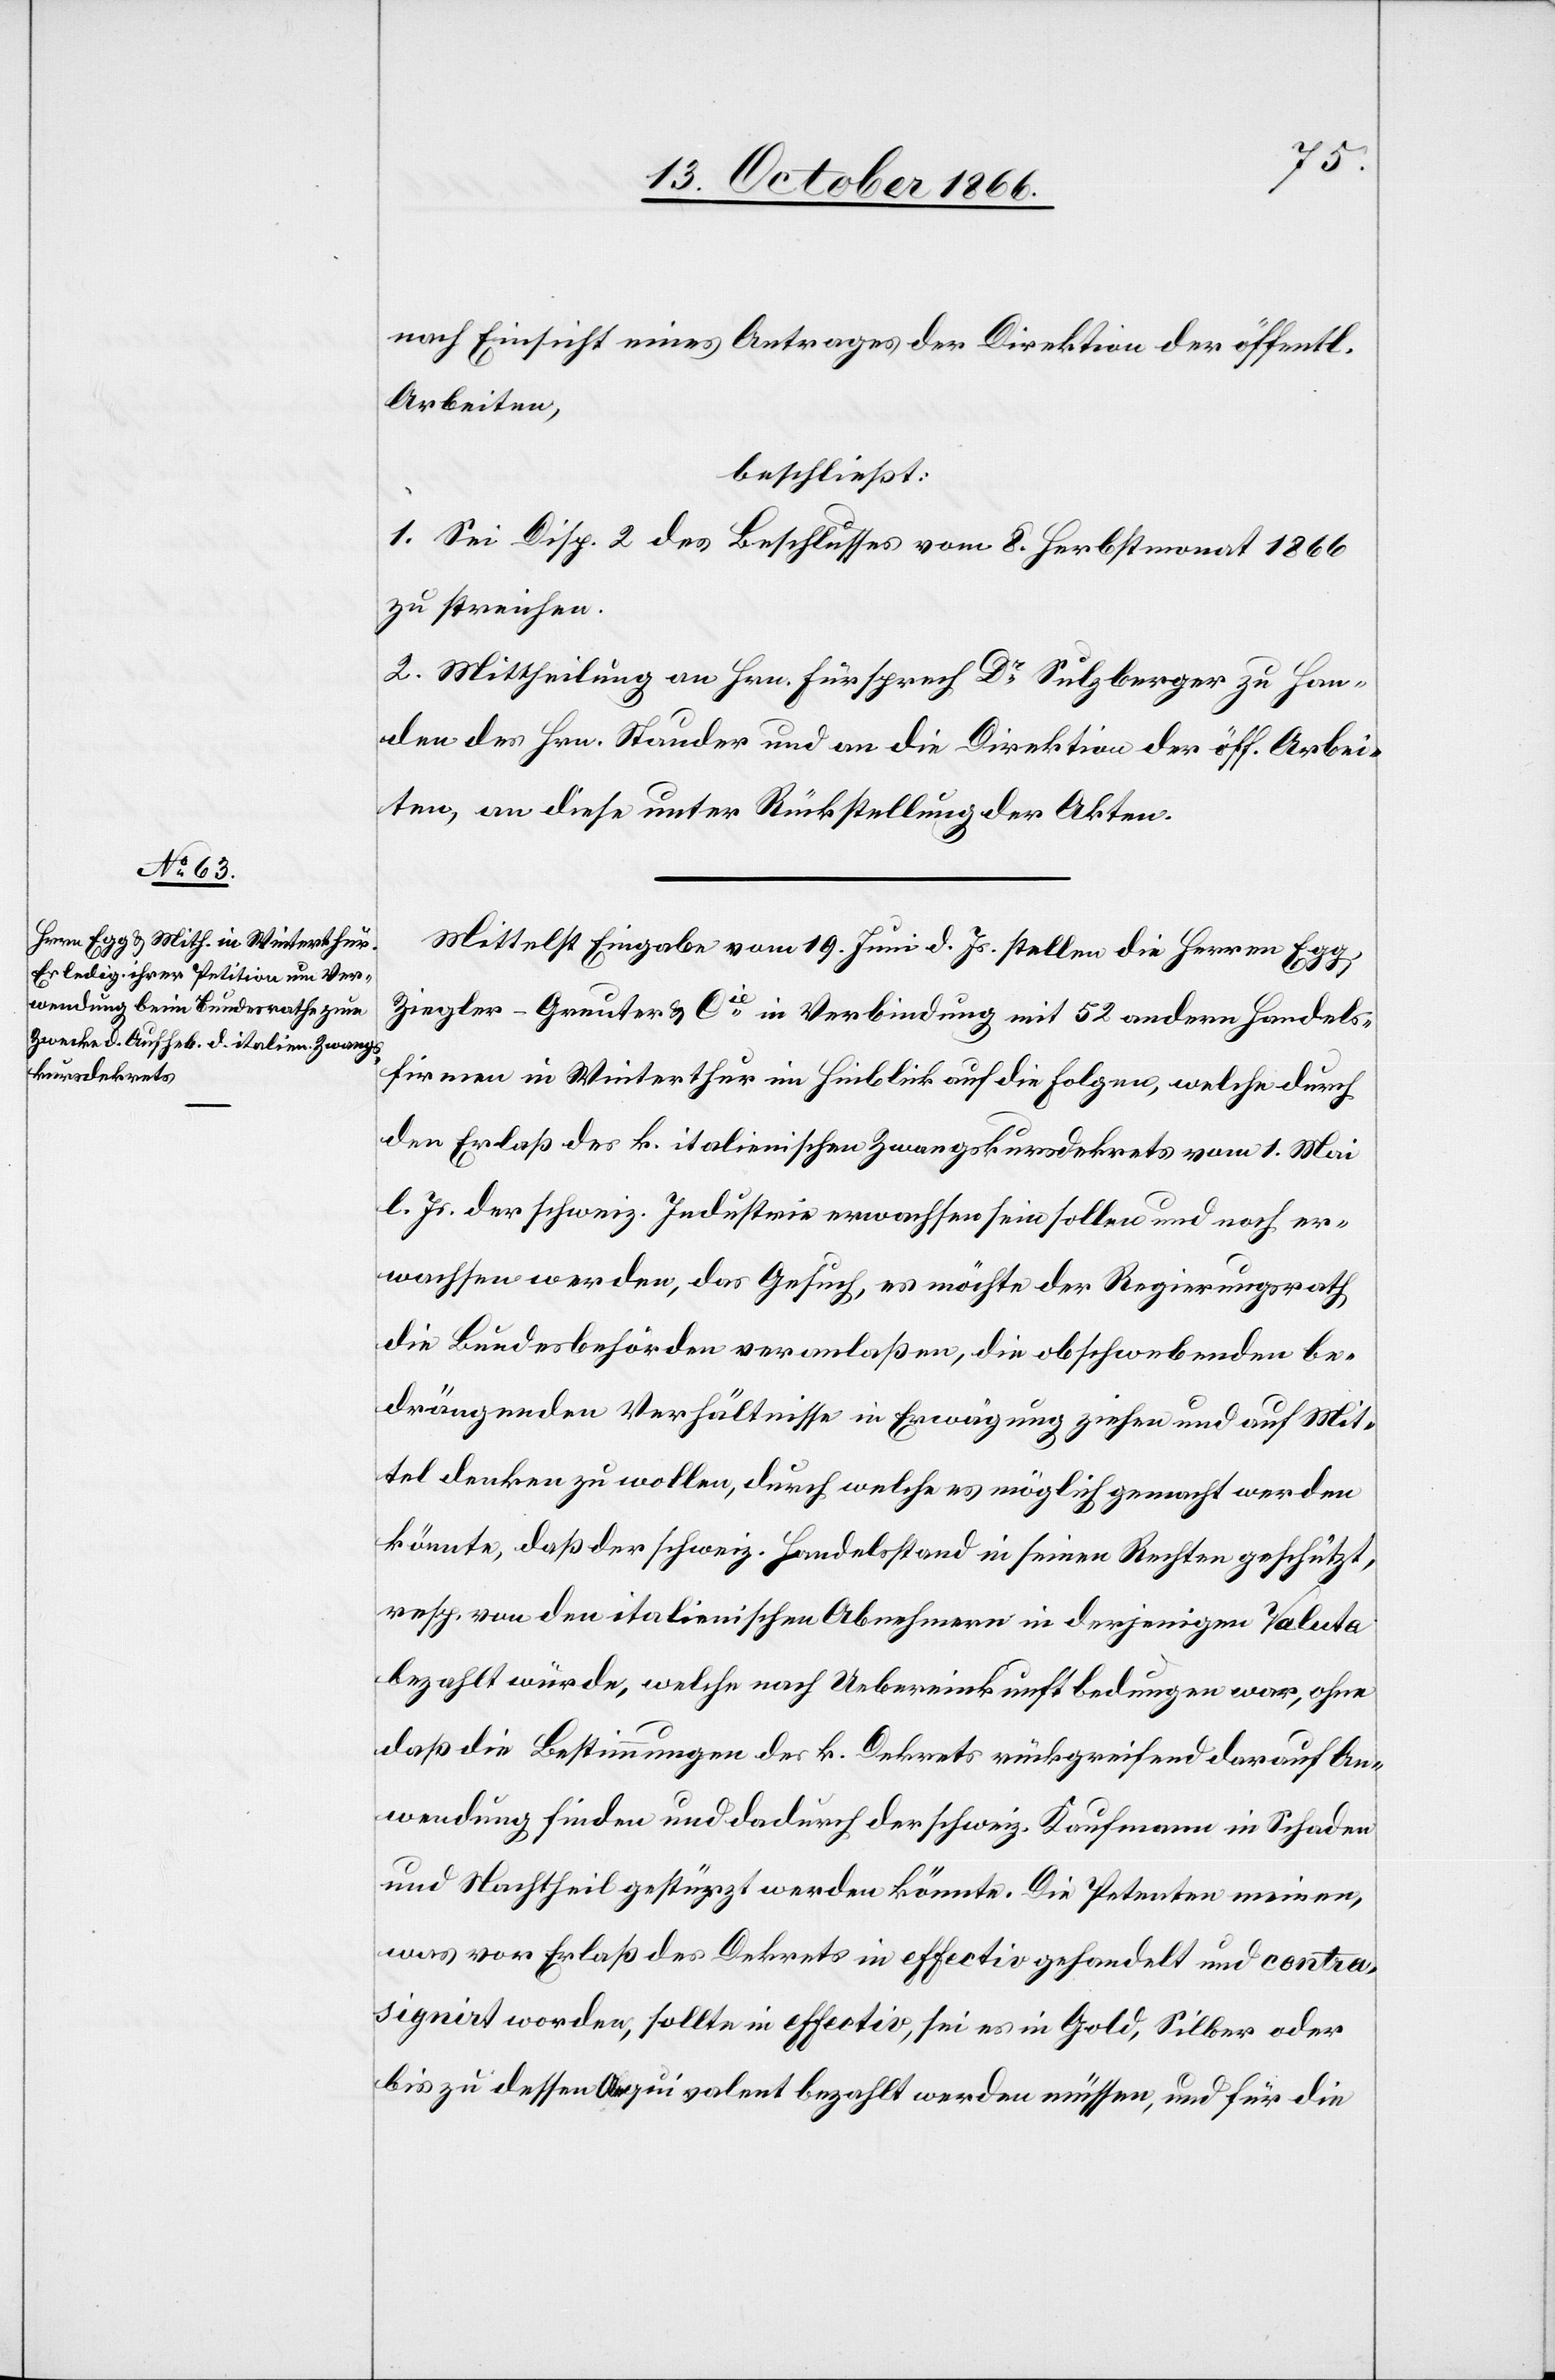
nach Einsicht eines Antrages der Direktion der öffentl.
Arbeiten,
beschließt:
1. Sei Disp. 2 des Beschlusses vom 8. Herbstmonat 1866
zu streichen.
2. Mittheilung an Hrn. Fürsprech Dr. Sulzberger zu Han¬
den des Hrn. Stauder und an die Direktion der öff. Arbei¬
ten, an diese unter Rückstellung der Akten.
Mittelst Eingabe vom 19. Juni d. Js. stellen die Herren Eg¬
g,
Ziegler-Greuter & Cie. in Verbindung mit 52 andern Handels¬
firmen in Winterthur in Hinblick auf die Folgen, welche durch
den Erlaß des k. italienischen Zwangskursdekrets vom 1. Mai
l. Js. der schweiz. Industrie erwachsen sein sollen und noch er¬
wachsen werden, das Gesuch, es möchte der Regierungsrath
die Bundesbehörden veranlaßen, die obschwebenden be¬
drängenden Verhältnisse in Erwägung ziehen und auf Mit¬
tel denken zu wollen, durch welche es möglich gemacht werden
könnte, daß der schweiz. Handelsstand in seinen Rechten geschützt,
resp. von den italienischen Abnehmern in derjenigen Valuta
bezahlt würde, welche nach Uebereinkunft bedungen war, ohne
daß die Bestimmungen des. k. Dekrets rückgreifend darauf An¬
wendung finden und dadurch der schweiz. Kaufmann in Schaden
und Nachtheil gestürzt werden könnte. Die Petenten meinen,
was vor Erlaß des Dekrets in effectiv gehandelt und contra¬
signirt worden, sollte in effectiv, sei es in Gold, Silber oder
bis zu dessen Aequivalent bezahlt werden müssen, und für die